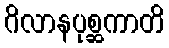
ဂိလာနပုစ္ဆကာတိ